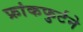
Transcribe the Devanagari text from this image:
फ्रांकफुर्टने